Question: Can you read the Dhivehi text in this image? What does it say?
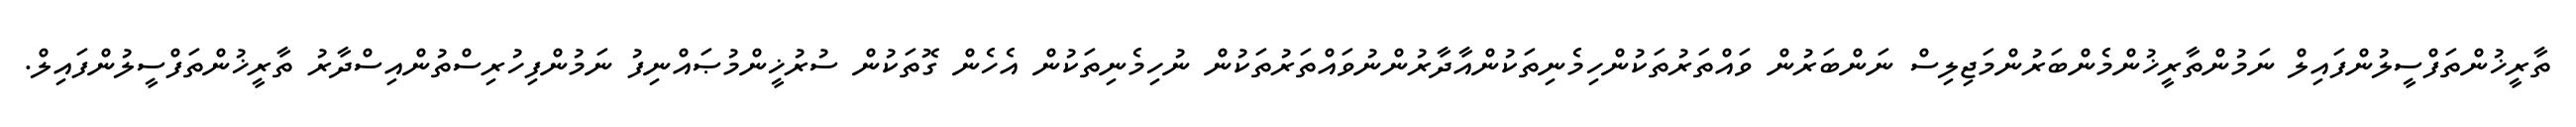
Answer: ތާރީޚުންތަފްސީލުންފައިލް ނަމުންތާރީޚުންމެންބަރުންމަޖިލިސް ނަންބަރުން ވައްތަރުތަކުންހިމެނިތަކުންއާދާރުންނުވައްތަރުތަކުން ނުހިމެނިތަކުން އެހެން ގޮތަކުން ސުރުޚީންމުޞައްނިފު ނަމުންފިހުރިސްތުންއިސްދާރު ތާރީޚުންތަފްސީލުންފައިލް.